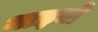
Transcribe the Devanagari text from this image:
गाइबो